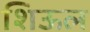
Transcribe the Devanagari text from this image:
शिऊल